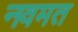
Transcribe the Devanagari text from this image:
नवमत